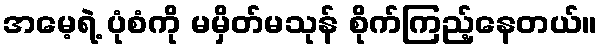
အမေ့ရဲ့ ပုံစံကို မမှိတ်မသုန် စိုက်ကြည့်နေတယ်။